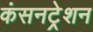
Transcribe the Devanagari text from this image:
कंसनट्रेशन